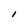
Character: l